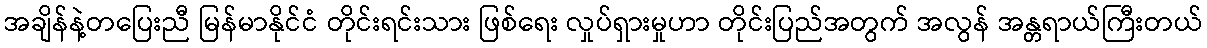
အချိန်နဲ့တပြေးညီ မြန်မာနိုင်ငံ တိုင်းရင်းသား ဖြစ်ရေး လှုပ်ရှားမှုဟာ တိုင်းပြည်အတွက် အလွန် အန္တရာယ်ကြီးတယ်